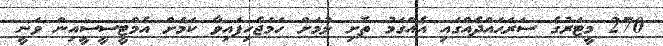
270 މީޓަރުގެ ސަރަޙައްދެއްގައި އެއްގަމު ތޮށި ލުމަށް ހަމަޖެހިފައިވާ ކަމަށް އެމްޓީސީސީއިން ވަނީ